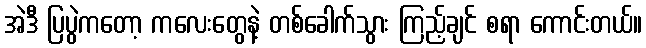
အဲဒီ ပြပွဲကတော့ ကလေးတွေနဲ့ တစ်ခေါက်သွား ကြည့်ချင် စရာ ကောင်းတယ်။